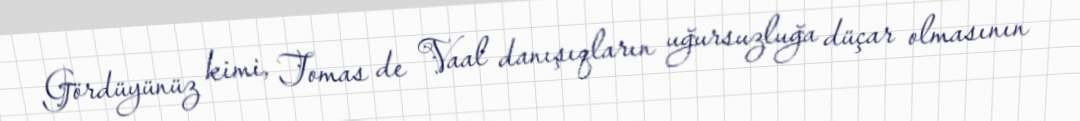
Gördüyünüz kimi, Tomas de Vaal danışıqların uğursuzluğa düçar olmasının